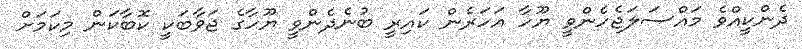
ދެންކީއްވެ މައްސަލަޖެހެންވީ ޔޫހާ އަހަރެން ކައިރީ ބުނެދެންވީ ޔޫހާގެ ޖަވާބަކީ ކޮބާކަން މިކަމަށް